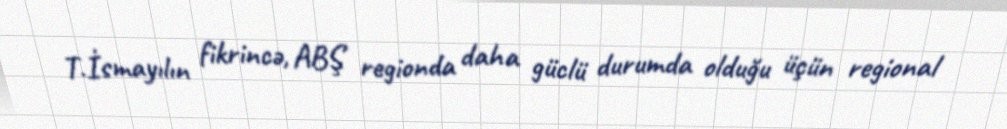
T.İsmayılın fikrincə, ABŞ regionda daha güclü durumda olduğu üçün regional